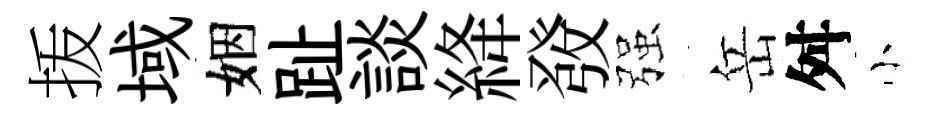
㧞域姻趾談絳𤼲强岳舛小